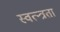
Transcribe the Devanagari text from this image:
स्वत्न्त्रता